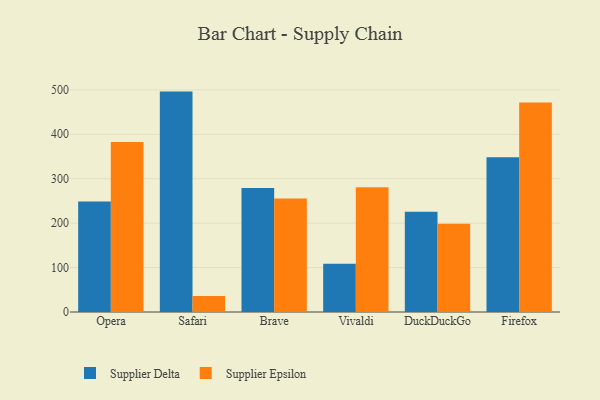
{"axis": {"x": "Browser", "y": "Bounce Rate (%)"}, "legend": ["Supplier Delta", "Supplier Epsilon"], "data": [{"x": "Opera", "y": 248.7, "type": "Supplier Delta"}, {"x": "Opera", "y": 382.5, "type": "Supplier Epsilon"}, {"x": "Safari", "y": 496.1, "type": "Supplier Delta"}, {"x": "Safari", "y": 35.9, "type": "Supplier Epsilon"}, {"x": "Brave", "y": 279.0, "type": "Supplier Delta"}, {"x": "Brave", "y": 255.4, "type": "Supplier Epsilon"}, {"x": "Vivaldi", "y": 108.7, "type": "Supplier Delta"}, {"x": "Vivaldi", "y": 281.0, "type": "Supplier Epsilon"}, {"x": "DuckDuckGo", "y": 225.9, "type": "Supplier Delta"}, {"x": "DuckDuckGo", "y": 198.7, "type": "Supplier Epsilon"}, {"x": "Firefox", "y": 348.5, "type": "Supplier Delta"}, {"x": "Firefox", "y": 471.6, "type": "Supplier Epsilon"}]}